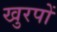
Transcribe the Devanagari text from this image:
खुरपों